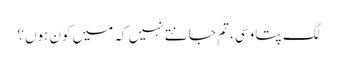
لگ پتا وسی، تم جانتے نہیں کہ میں کون ہوں؟